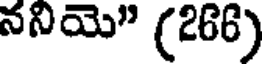
ననియె" (266)